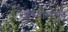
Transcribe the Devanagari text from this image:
रहस्योन्मुख